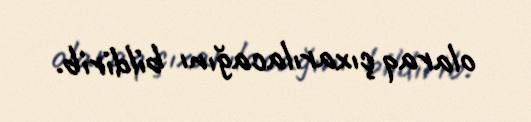
olaraq çıxarılacağını bildirib.